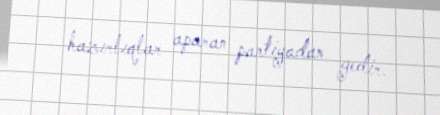
hazırlıqlar aparan partiyadan gedir.